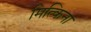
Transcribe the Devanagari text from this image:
मित्किना